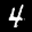
Label: 4